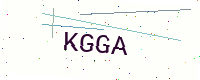
Text: KGGA